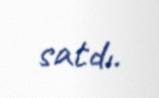
satdı.